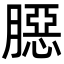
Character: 𦠲